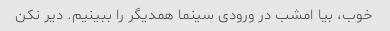
خوب، بیا امشب در ورودی سینما همدیگر را ببینیم. دیر نکن